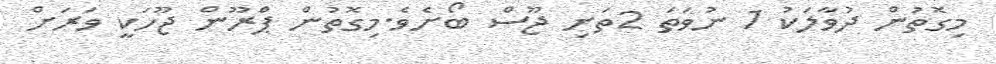
މިގޮތުން ދުވާލަކު 1 ނުވަތަ 2ތަށި ޖޫސް ބޯށެވެ.މިގޮތުން ޕްރޫން ޖޫހަކީ ވަރަށް